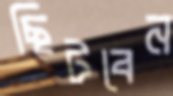
ছিটবেন